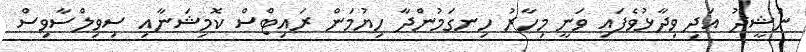
ނަޝީދު އަދި ވިދާޅުވެފައި ވަނީ މިހާރު ހިނގަމުންދާ ހިޔުމަން ރައިޓްސް ކޮމިޝަނާއި ސިވިލްސާވިސް